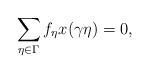
LaTeX: \begin{align*}\sum_{\eta \in \Gamma} f_{\eta} x(\gamma \eta) = 0,\end{align*}